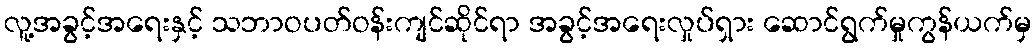
လူ့အခွင့်အရေးနှင့် သဘာဝပတ်ဝန်းကျင်ဆိုင်ရာ အခွင့်အရေးလှုပ်ရှား ဆောင်ရွက်မှုကွန်ယက်မှ